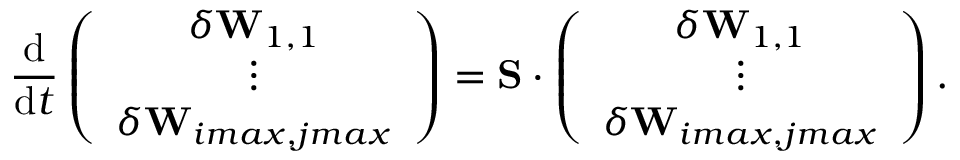
\frac { \mathrm { d } } { \mathrm { d } t } \left( \begin{array} { c } { \delta \mathbf { W } _ { 1 , 1 } } \\ { \vdots } \\ { \delta \mathbf { W } _ { i m a x , j m a x } } \end{array} \right) = \mathbf { S } \cdot \left( \begin{array} { c } { \delta \mathbf { W } _ { 1 , 1 } } \\ { \vdots } \\ { \delta \mathbf { W } _ { i m a x , j m a x } } \end{array} \right) .